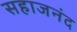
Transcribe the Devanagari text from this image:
सहाजनंद